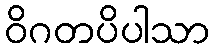
ဝိဂတပိပါသာ